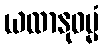
ယထာနုဓမ္မံ